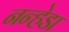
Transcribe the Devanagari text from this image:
नन्हेडा